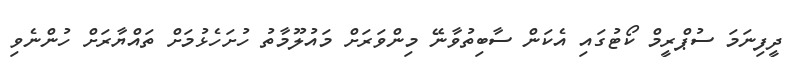
ދީފިނަމަ ސުޕްރީމް ކޯޓުގައި އެކަން ސާބިތުވާނޭ މިންވަރަށް މައުލޫމާތު ހުށަހެޅުމަށް ތައްޔާރަށް ހުންނެވި